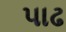
પાઢ